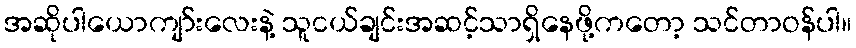
အဆိုပါယောကျာ်းလေးနဲ့ သူငယ်ချင်းအဆင့်သာရှိနေဖို့ကတော့ သင်တာဝန်ပါ။